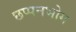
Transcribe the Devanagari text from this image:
छप्पनभोग